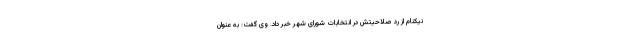
نیکنام از رد صلاحیتش در انتخابات شورای شهر خبر داد. وی گفت: به عنوان